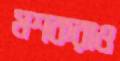
মশকরাও